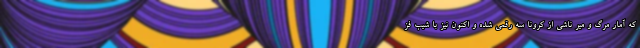
که آمار مرگ و میر ناشی از کرونا سه رقمی شده و اکنون نیز با شیب فز